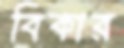
বিকার